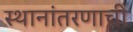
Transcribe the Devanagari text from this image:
स्थानांतरणाची